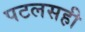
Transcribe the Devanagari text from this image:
पटलसही